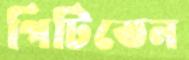
পিটিতেন